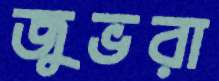
জুভরা